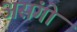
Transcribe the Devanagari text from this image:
असंगो